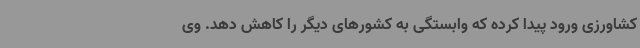
کشاورزی ورود پیدا کرده که وابستگی به کشورهای دیگر را کاهش دهد. وی